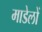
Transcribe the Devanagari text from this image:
माडेलों